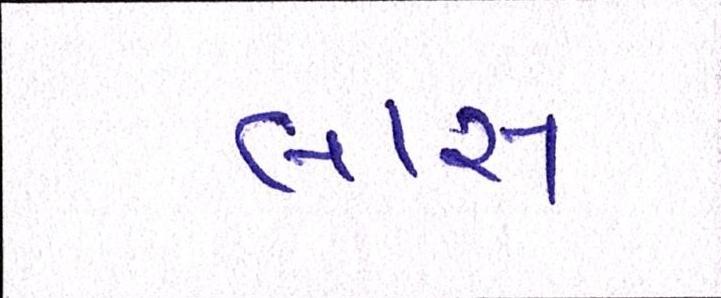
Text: લાસ